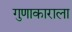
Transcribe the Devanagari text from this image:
गुणाकाराला